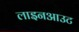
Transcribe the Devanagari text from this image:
लाइनआउट